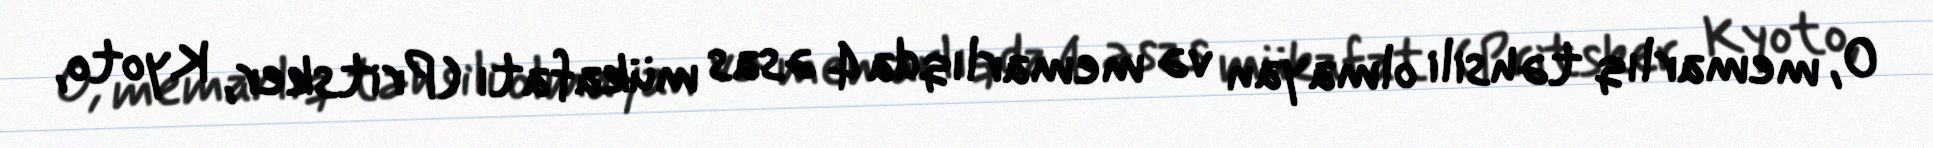
O, memarlıq təhsili olmayan və memarlıqda 4 əsas mükafatı (Pritsker, Kyoto,